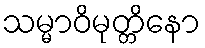
သမ္မာဝိမုတ္တိနော